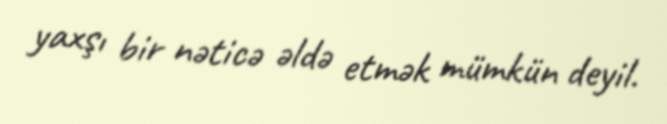
yaxşı bir nəticə əldə etmək mümkün deyil.